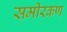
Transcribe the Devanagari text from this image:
समीरकण